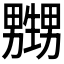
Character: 𱰛